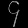
Digit: ၄